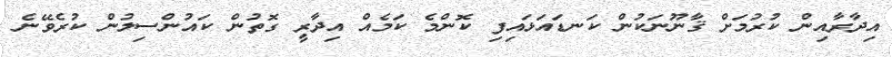
އިދާރާއިން ކުރުމަށް ޤާނޫނަކުން ކަނޑައަޅައިފި ކޮންމެ ކަމެއް އިދާރީ ގޮތުން ކައުންސިލުން ކުރެވޭނެ